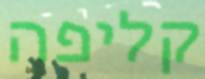
קליפה